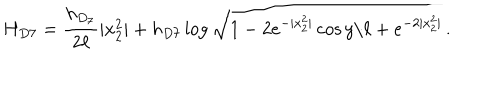
H _ { D 7 } = \frac { h _ { D _ { 7 } } } { 2 \ell } | x _ { 2 } ^ { 2 } | + h _ { D 7 } \log { \sqrt { 1 - 2 e ^ { - | x _ { 2 } ^ { 2 } | } \cos { y / \ell } + e ^ { - 2 | x _ { 2 } ^ { 2 } | } } } \, .